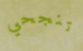
تنجحي